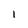
Character: l